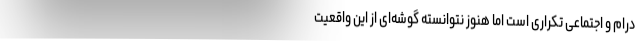
درام و اجتماعی تکراری است اما هنوز نتوانسته گوشه‌ای از این واقعیت